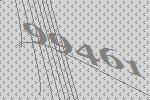
99461